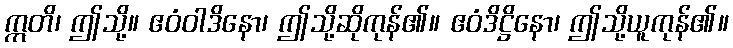
ဣတိ၊ ဤသို့။ ဧဝံဝါဒိနော၊ ဤသို့ဆိုကုန်၏။ ဧဝံဒိဋ္ဌိနော၊ ဤသို့ယူကုန်၏။